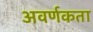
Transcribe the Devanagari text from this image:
अवर्णकता